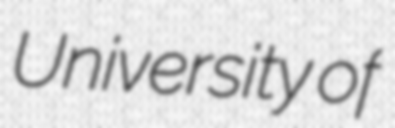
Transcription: University of